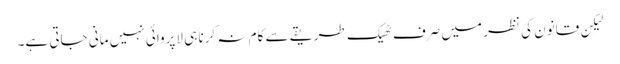
لیکِن قانون کی نظر میں صرف ٹھیک طریقے سے کام نہ کرنا ہی لاپروائی نہیں مانی جاتی ہے۔